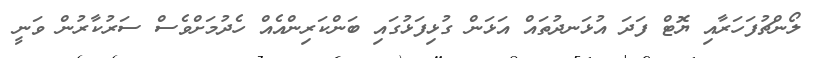
ލޯންޗުފަހަރާއި ޔޮޓް ފަދަ އުޅަނދުތައް އަޅަން ގުޅިފަޅުގައި ބަންކަރިންއެއް ހެދުމަށްވެސް ސަރުކާރުން ވަނީ